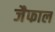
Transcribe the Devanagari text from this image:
जैफाल